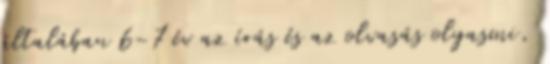
általában 6-7 év az írás és az olvasás olyasmi,